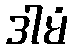
ဒါမံ